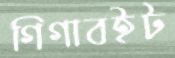
গিগাবইট